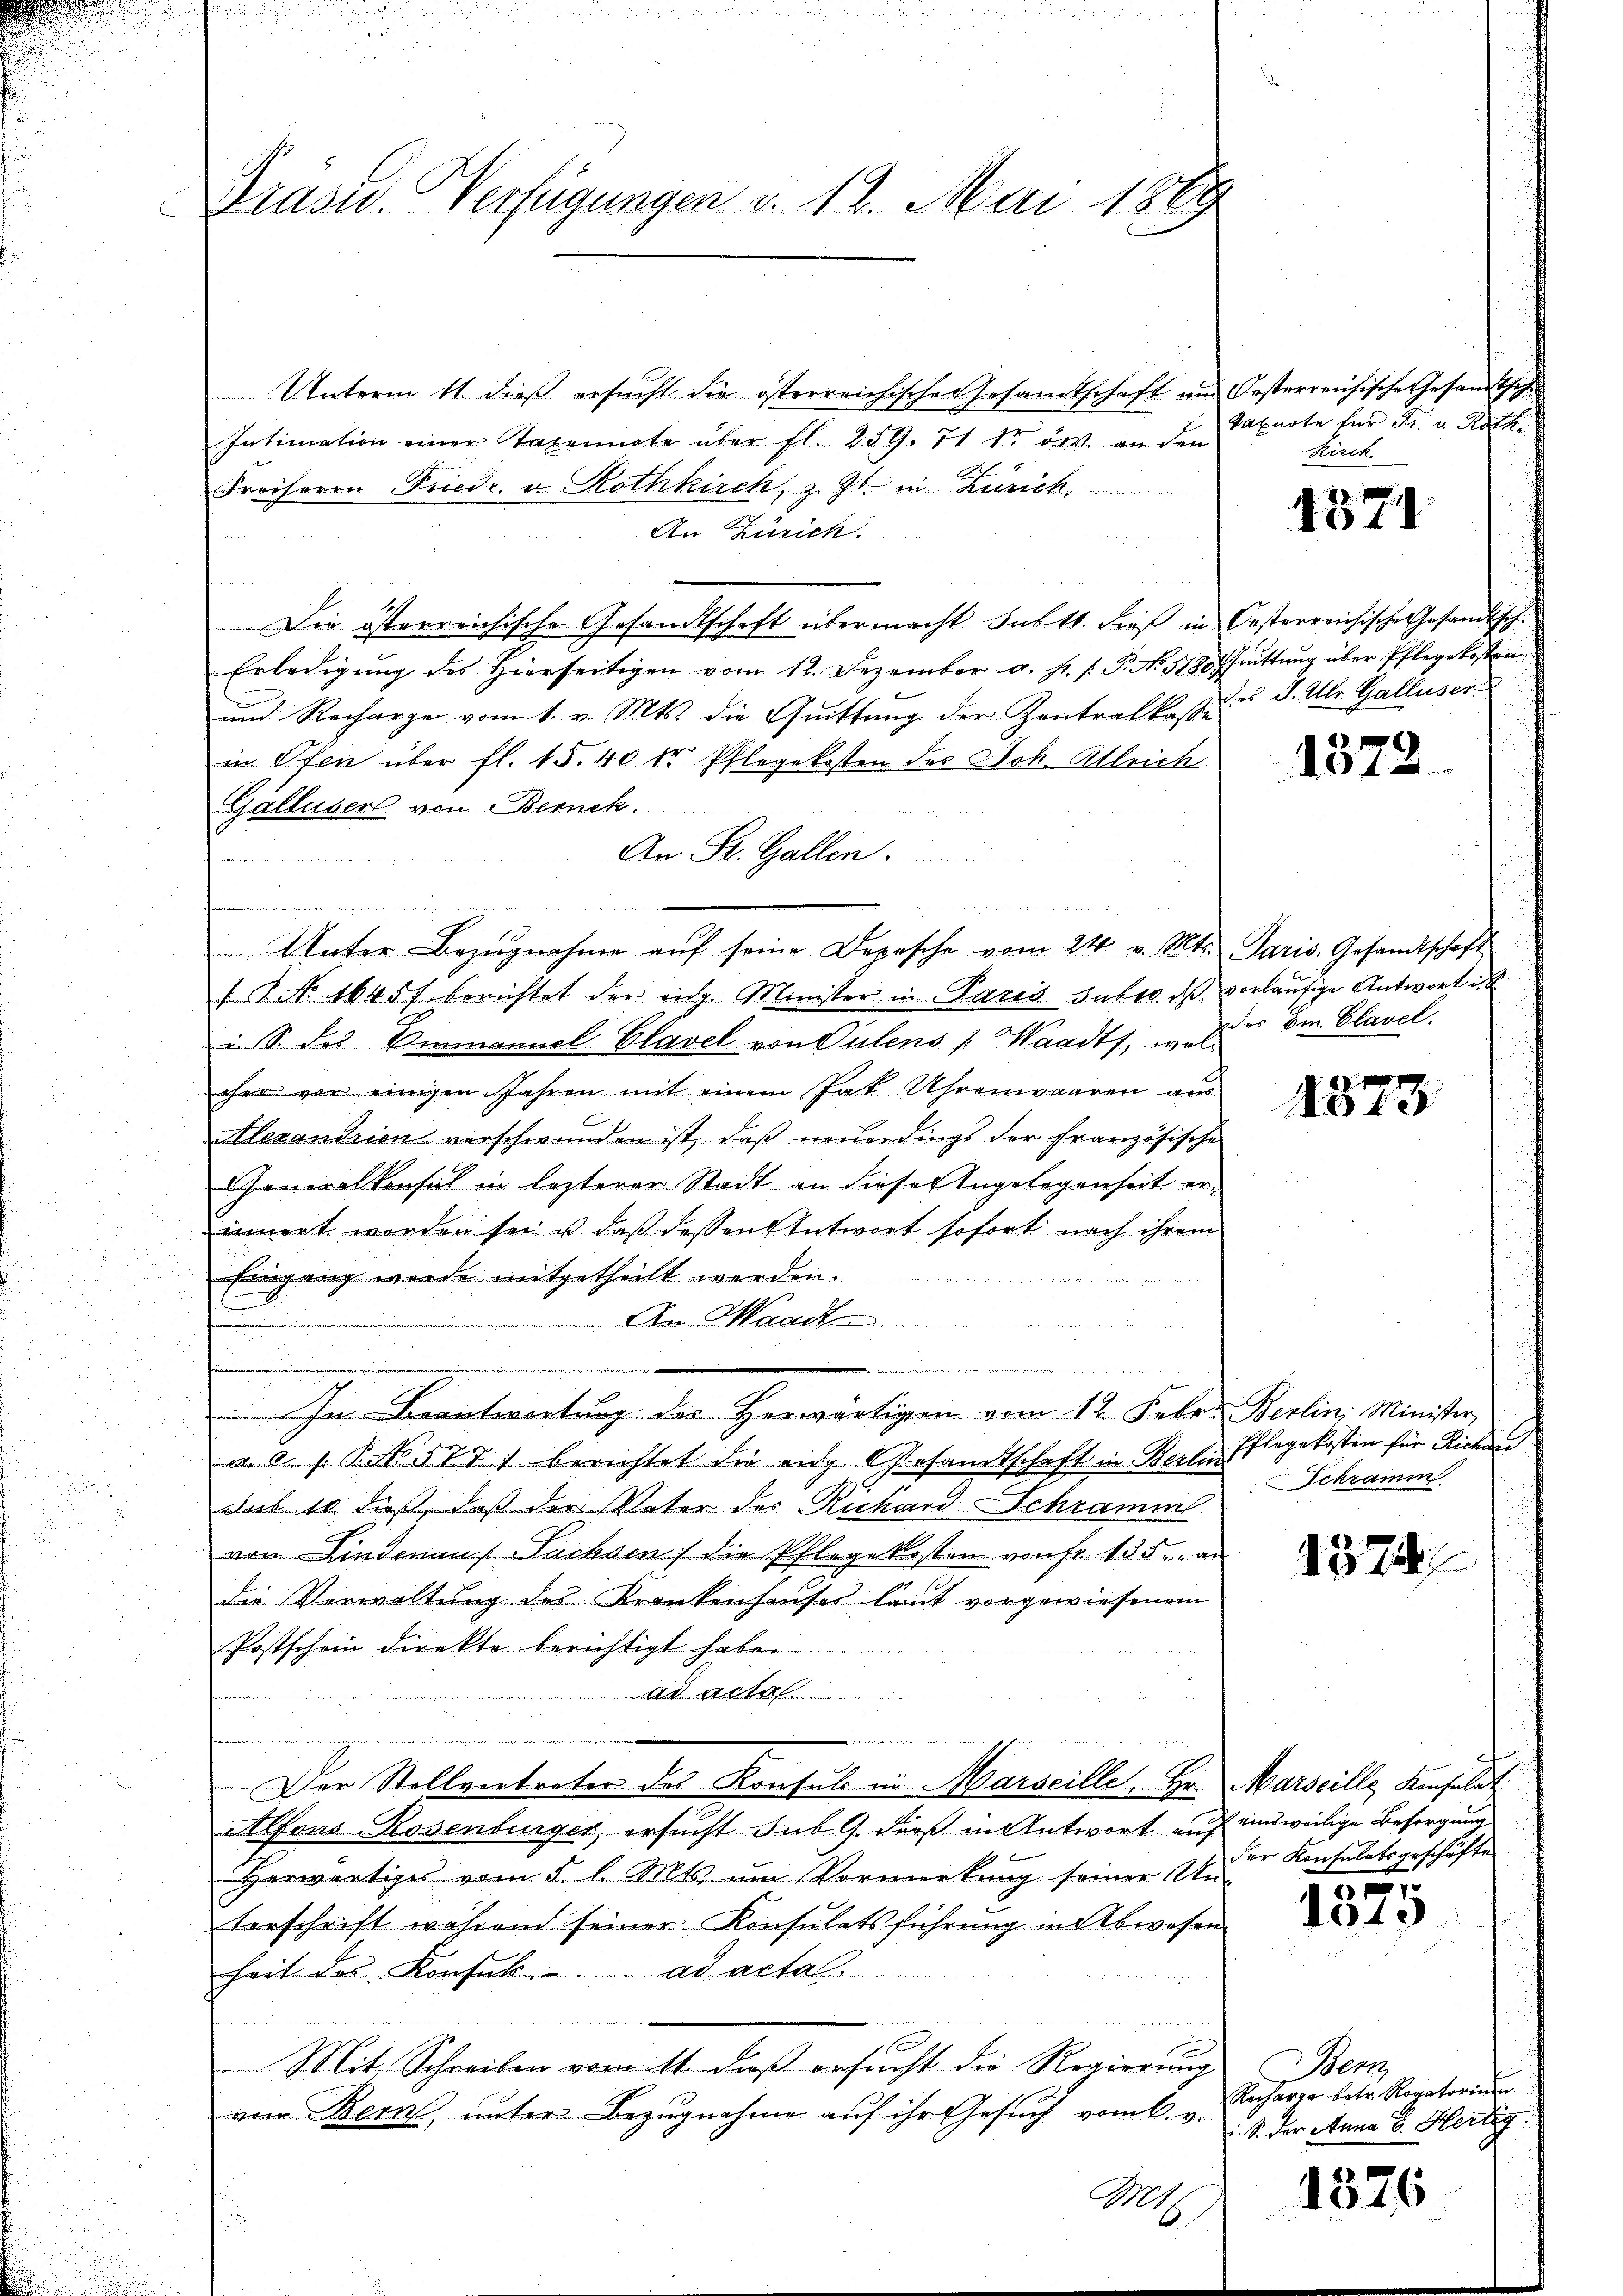
Prüste. Verfügungen v. 12. Mai 1889

Unterm 11. dieβ ersŭcht die österreichischer Gesandtschaft und Oesterreichische Gesandtsche
Intimation einer Taxennate über fl. 259. 71 1r ow. an den
Freiherrn Friedr. u. Rothkirch, z. Zt. in Zürich
An Zürich.
.
Die österreichische Gesandtschaft übermacht subtt. dieß in Oesterreichische Gesandtsch.
Erledigung des hierseitigen vom 12. Dezember u. s. f. P. Nr. 518 fruttung über Pflegekosten
und Recharge vom 1. v. Mts. die Gŭittŭng der Zentralkasse u. d. Ulr. Galluser
in Ofen über fl. 15. 40 dr Pflegekosten des Joh. Alleich
Galluser von Berneh
An St. Gallen.
wi
 eben der mit
n
Unter Bezŭgnahme aŭf seine Depesche vom 24. v. Mts. Paris, Gesandtschaft
 P. No 1645 f berichtet der eidg. Minister in Parid. Sutto. ist vorläufige Antwort i
i. S. des Ammannel Clavel von Pulens (Waadt, wolcher vor einigen Jahren mit einem hat Uhrenwaaren aus
Alexandrien verschwunden ist, daß neuerdings der französische
Generalkonsul in lezterer Stadt an dieser Angelegenheit erinnert worden sei u daß dessen Entwort sofort nach ihrem
Eingang werde mitgetheilt werden.
  .
An Waadt
In Beantwortung des Herwärtigen vom 12. Febr. Berlin, Minister,
a. a. s. S. 577) berichtet die eidg. Gesandtschaft in Berlin Pflegekosten für Richau
sub 10. dieß, daß der Vater des Richard-Schramm
von Lindeaus Sachsen die Pflegekosten von fr. 155 in an
die Verwaltung des Krankenhauses laut vorgewiesenem
Postschein direkte berichtigt haben.
Ad Art
Der Stellvertreten des Konsuls in Marseille. Hr. Marseille Konsulat
Alfons Rosenburger, ersucht sub. 9. dieß in Antwort auf einsweilige Besorgung
Herwärtiges vom 5. l. Mts. um Vormerkung seiner Un
terschrift während seiner Konsulatsführung in Abwesen
heit des Konsul ad acta.
Mit Schreiben vom 11. dieß ersucht die Regierung
von Bern, unter Bezugnahme auf ihr Gesuch vom 6. v.
Mt.

Salnote für Fr. u. Roth
Kerch.

4371

1372

des Dr. Clavel.

4873

Schramm

1374

der Konsulatsgeschäfte

3
1010

enz
Recharge betr. Rogatorium
i. S. der Anna v. Hertig

1376